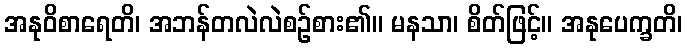
အနုဝိစာရေတိ၊ အဘန်တလဲလဲစဉ်စား၏။ မနသာ၊ စိတ်ဖြင့်။ အနုပေက္ခတိ၊